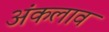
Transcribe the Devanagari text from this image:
अंकलाव